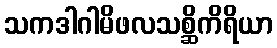
သကဒါဂါမိဖလသစ္ဆိကိရိယာ